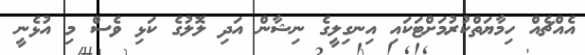
އެއްޗެއް ހިމާޔަތްކުރުމަށްޓަކައި އިނގިލީގެ ނިޝާން އަދި ލޮލުގެ ކަޅި ވެސް މި އުޅެނީ